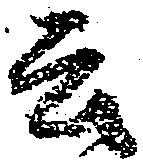
云